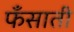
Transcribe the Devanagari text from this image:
फँसाती